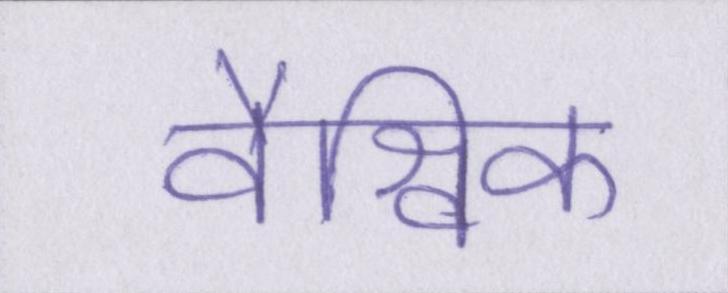
वैश्विक